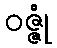
ဝဇ္ဇုံ